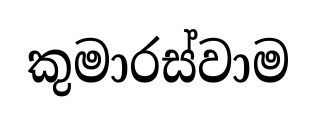
කුමාරස්වාම